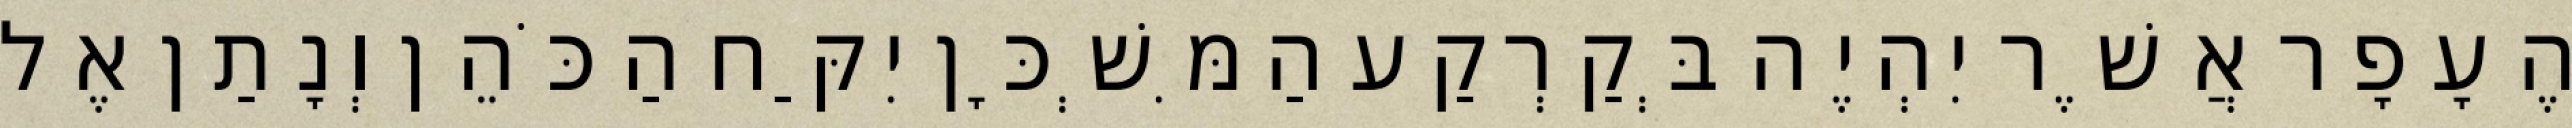
הֶעָפָר אֲשֶׁר יִהְיֶה בְּקַרְקַע הַמִּשְׁכָּן יִקַּח הַכֹּהֵן וְנָתַן אֶל